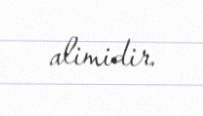
alimidir.